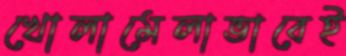
খোলামেলাভাবেই